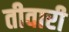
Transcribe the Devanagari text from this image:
तीवारी